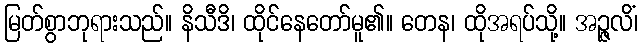
မြတ်စွာဘုရားသည်။ နိသီဒိ၊ ထိုင်နေတော်မူ၏။ တေန၊ ထိုအရပ်သို့။ အဉ္ဇလိံ၊